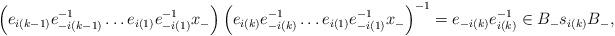
LaTeX: \begin{align*}\left(e_{i(k-1)}e_{-i(k-1)}^{-1}\dots e_{i(1)}e_{-i(1)}^{-1}x_-\right)\left(e_{i(k)}e_{-i(k)}^{-1}\dots e_{i(1)}e_{-i(1)}^{-1}x_-\right)^{-1}=e_{-i(k)}e_{i(k)}^{-1}\in B_-s_{i(k)}B_-,\end{align*}